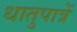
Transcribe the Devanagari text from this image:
धातुपात्रें